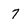
Character: 7